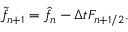
\widetilde { f } _ { n + 1 } = \hat { f } _ { n } - \Delta t F _ { n + 1 / 2 } .